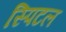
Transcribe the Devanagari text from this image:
स्पिटल